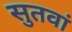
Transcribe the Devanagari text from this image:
सुतवां